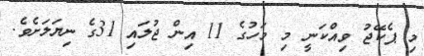
މި ޕެކޭޖު ވިއްކަނީ މި މަހުގެ 11 އިން ޖުލައި 31ގެ ނިޔަލަށެވެ.